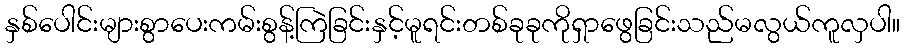
နှစ်ပေါင်းများစွာပေးကမ်းစွန့်ကြဲခြင်းနှင့်မူရင်းတစ်ခုခုကိုရှာဖွေခြင်းသည်မလွယ်ကူလှပါ။